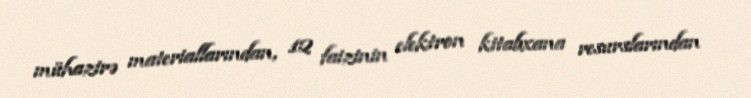
mühazirə materiallarından, 12 faizinin elektron kitabxana resurslarından